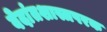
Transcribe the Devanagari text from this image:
वेदांतशास्त्रपरक